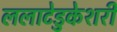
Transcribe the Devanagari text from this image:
ललाटेडुकेशरी